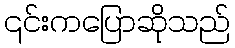
၎င်းကပြောဆိုသည်